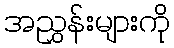
အညွှန်းများကို